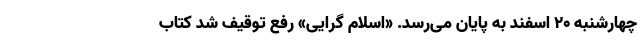
چهارشنبه ۲۰ اسفند به پایان می‌رسد. «اسلام ‌گرایی» رفع توقیف شد کتاب